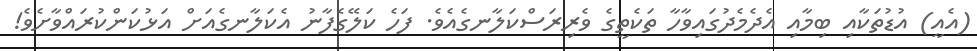
(އެއީ) އުޑުތަކާއި ބިމާއި އެދެމެދުގައިވާހާ ތަކެތީގެ ވެރިރަސްކަލާނގެއެވެ. ފަހެ ކަލޭގެފާނު އެކަލާނގެއަށް އަޅުކަންކުރައްވާށެވެ!